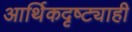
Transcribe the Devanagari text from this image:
आर्थिकदृष्ट्याही